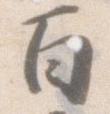
百